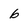
Character: 6